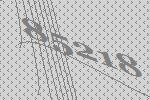
85218